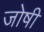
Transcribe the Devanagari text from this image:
जोषी